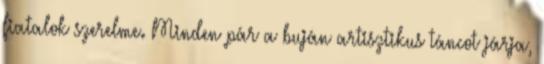
fiatalok szerelme. Minden pár a buján artisztikus táncot járja,